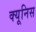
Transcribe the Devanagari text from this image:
क्यूनिस